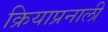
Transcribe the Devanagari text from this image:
क्रियाप्रनाली